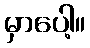
မှာပေါ့။